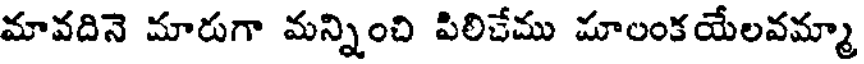
మావదినె మారుగా మన్నించి పిలిచేము మాలంకయేలవమ్మా